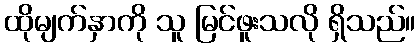
ထိုမျက်နှာကို သူ မြင်ဖူးသလို ရှိသည်။